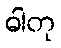
ဓါတု